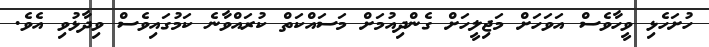
ހުށަހެޅި ވީހާވެސް އަވަހަށް މަޖިލީހަށް ގެންދިއުމަށް މަސައްކަތް ކުރައްވާނެ ކަމުގައިވެސް ވިދާޅުވި އެވެ.